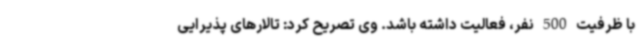
با ظرفیت 500 نفر، فعالیت داشته باشد. وی تصریح کرد: تالارهای پذیرایی